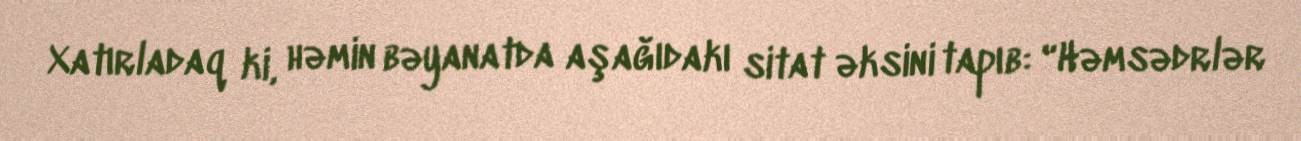
Xatırladaq ki, həmin bəyanatda aşağıdakı sitat əksini tapıb: “Həmsədrlər